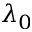
\lambda _ { 0 }